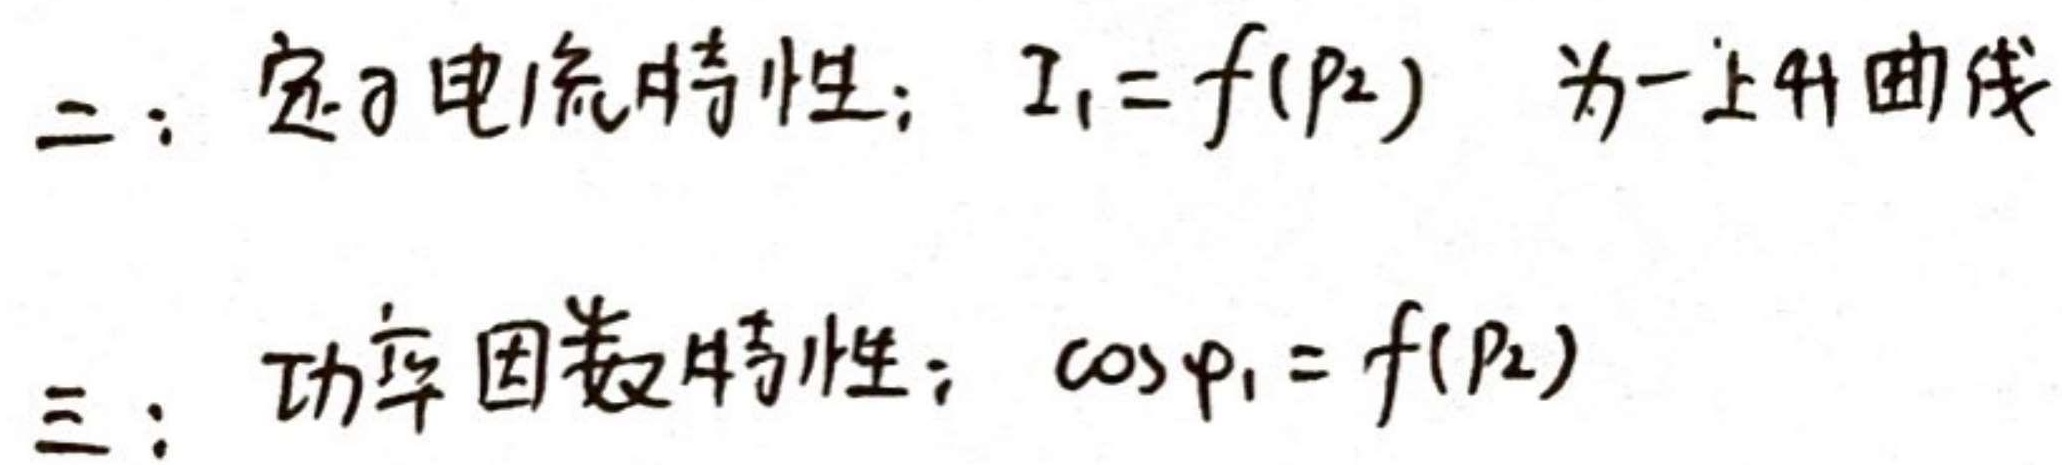
二：定子电流特性：$I_1 = f(P_2)$ 为一上升曲线
三：功率因数特性：$\cos\varphi_1 = f(P_2)$